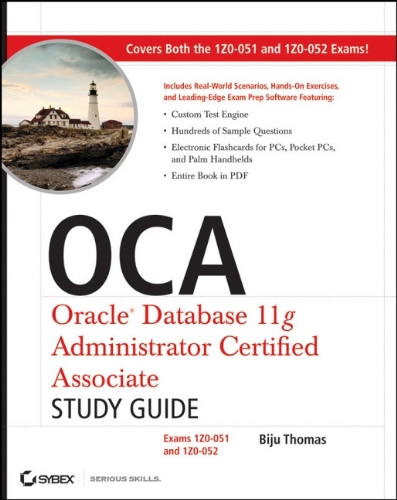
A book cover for OCA: Oracle Database 11g Administrator Certified Associate Study Guide: Exams1Z0-051 and 1Z0-052; Biju Thomas; Computers & Technology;